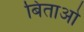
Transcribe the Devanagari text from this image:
बिताओ